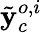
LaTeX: \tilde{\mathbf{y}}_{c}^{o,i}